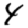
Digit: 4